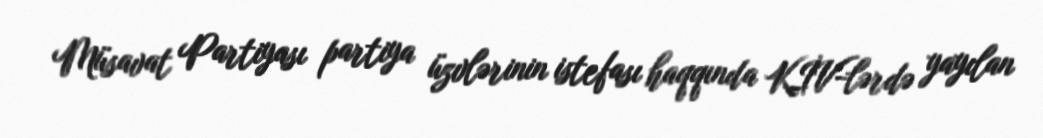
Müsavat Partiyası partiya üzvlərinin istefası haqqında KİV-lərdə yayılan